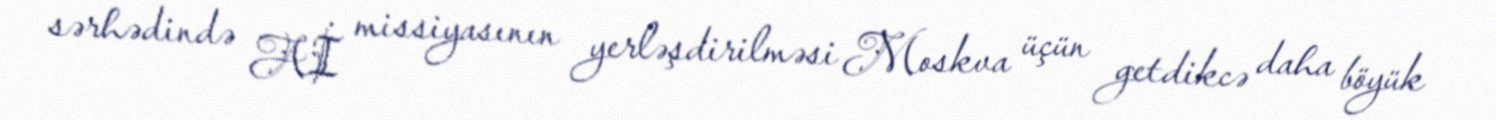
sərhədində Aİ missiyasının yerləşdirilməsi Moskva üçün getdikcə daha böyük